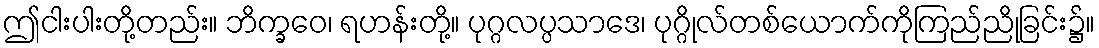
ဤငါးပါးတို့တည်း။ ဘိက္ခဝေ၊ ရဟန်းတို့။ ပုဂ္ဂလပ္ပသာဒေ၊ ပုဂ္ဂိုလ်တစ်ယောက်ကိုကြည်ညိုခြင်း၌။